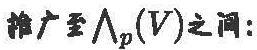
推广至$\bigwedge_p(V)$之间: